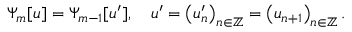
\Psi _ { m } [ u ] = \Psi _ { m - 1 } [ u ^ { \prime } ] , \quad u ^ { \prime } = \left( u _ { n } ^ { \prime } \right) _ { n \in \mathbb { Z } } = \left( u _ { n + 1 } \right) _ { n \in \mathbb { Z } } .